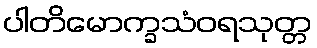
ပါတိမောက္ခသံဝရသုတ္တ